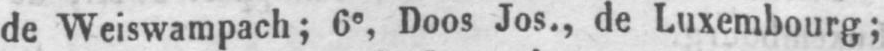
de Weiswampach; 6e, Doos Jos., de Luxembourg;